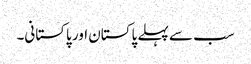
سب سے پہلے پاکستان اور پاکستانی۔